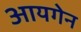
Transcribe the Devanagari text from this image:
आयगेन